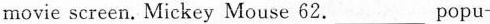
movie screen. Mickey Mouse 62.___Popu-